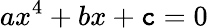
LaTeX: ax^{4}+bx+\mathtt{c}=0